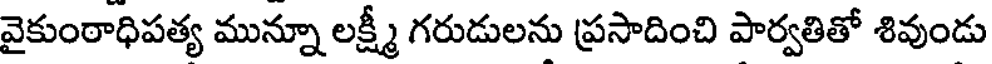
వైకుంఠాధిపత్య మున్నూ లక్ష్మీ గరుడులను ప్రసాదించి పార్వతితో శివుండు